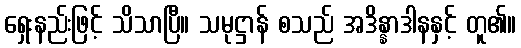
ရှေးနည်းဖြင့် သိသာပြီ။ သမုဋ္ဌာန် စသည် အဒိန္နာဒါနနှင့် တူ၏။